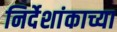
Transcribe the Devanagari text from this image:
निर्देशांकाच्या